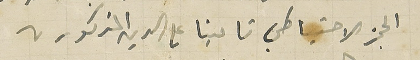
الحجز الاحتياطي تامينا على الدين المذكور